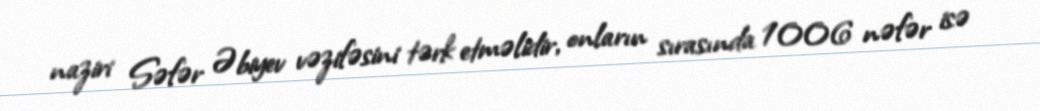
naziri Səfər Əbiyev vəzifəsini tərk etməlidir, onların sırasında 1006 nəfər isə